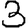
Digit: 3